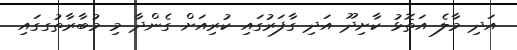
އަދި މާލެ އަތޮޅު ކާށިދޫ އަދި ގާފަރުގައި ކުރިއަށް ގެންދާ މި މުބާރާތުގގައި